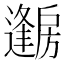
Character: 𱟦